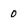
Character: 0